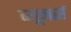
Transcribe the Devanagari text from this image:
ब्यूनर्स